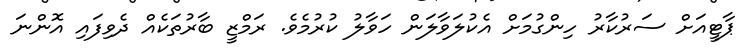
ޕާޓީއަށް ސަރުކާރު ހިންގުމަށް އެކުލަވާލަން ހަވާލު ކުރުމެވެ. ރަމްޒީ ބާރުތަކެއް ދެވިފައި އޮންނަ